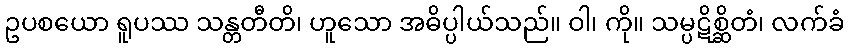
ဥပစယော ရူပဿ သန္တတီတိ၊ ဟူသော အဓိပ္ပါယ်သည်။ ဝါ၊ ကို။ သမ္ပဋိစ္ဆိတံ၊ လက်ခံ